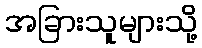
အခြားသူများသို့